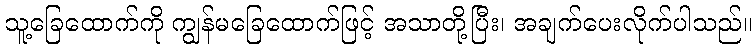
သူ့ခြေထောက်ကို ကျွန်မခြေထောက်ဖြင့် အသာတို့ပြီး၊ အချက်ပေးလိုက်ပါသည်။